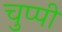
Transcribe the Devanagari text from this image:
चुप्‍पी